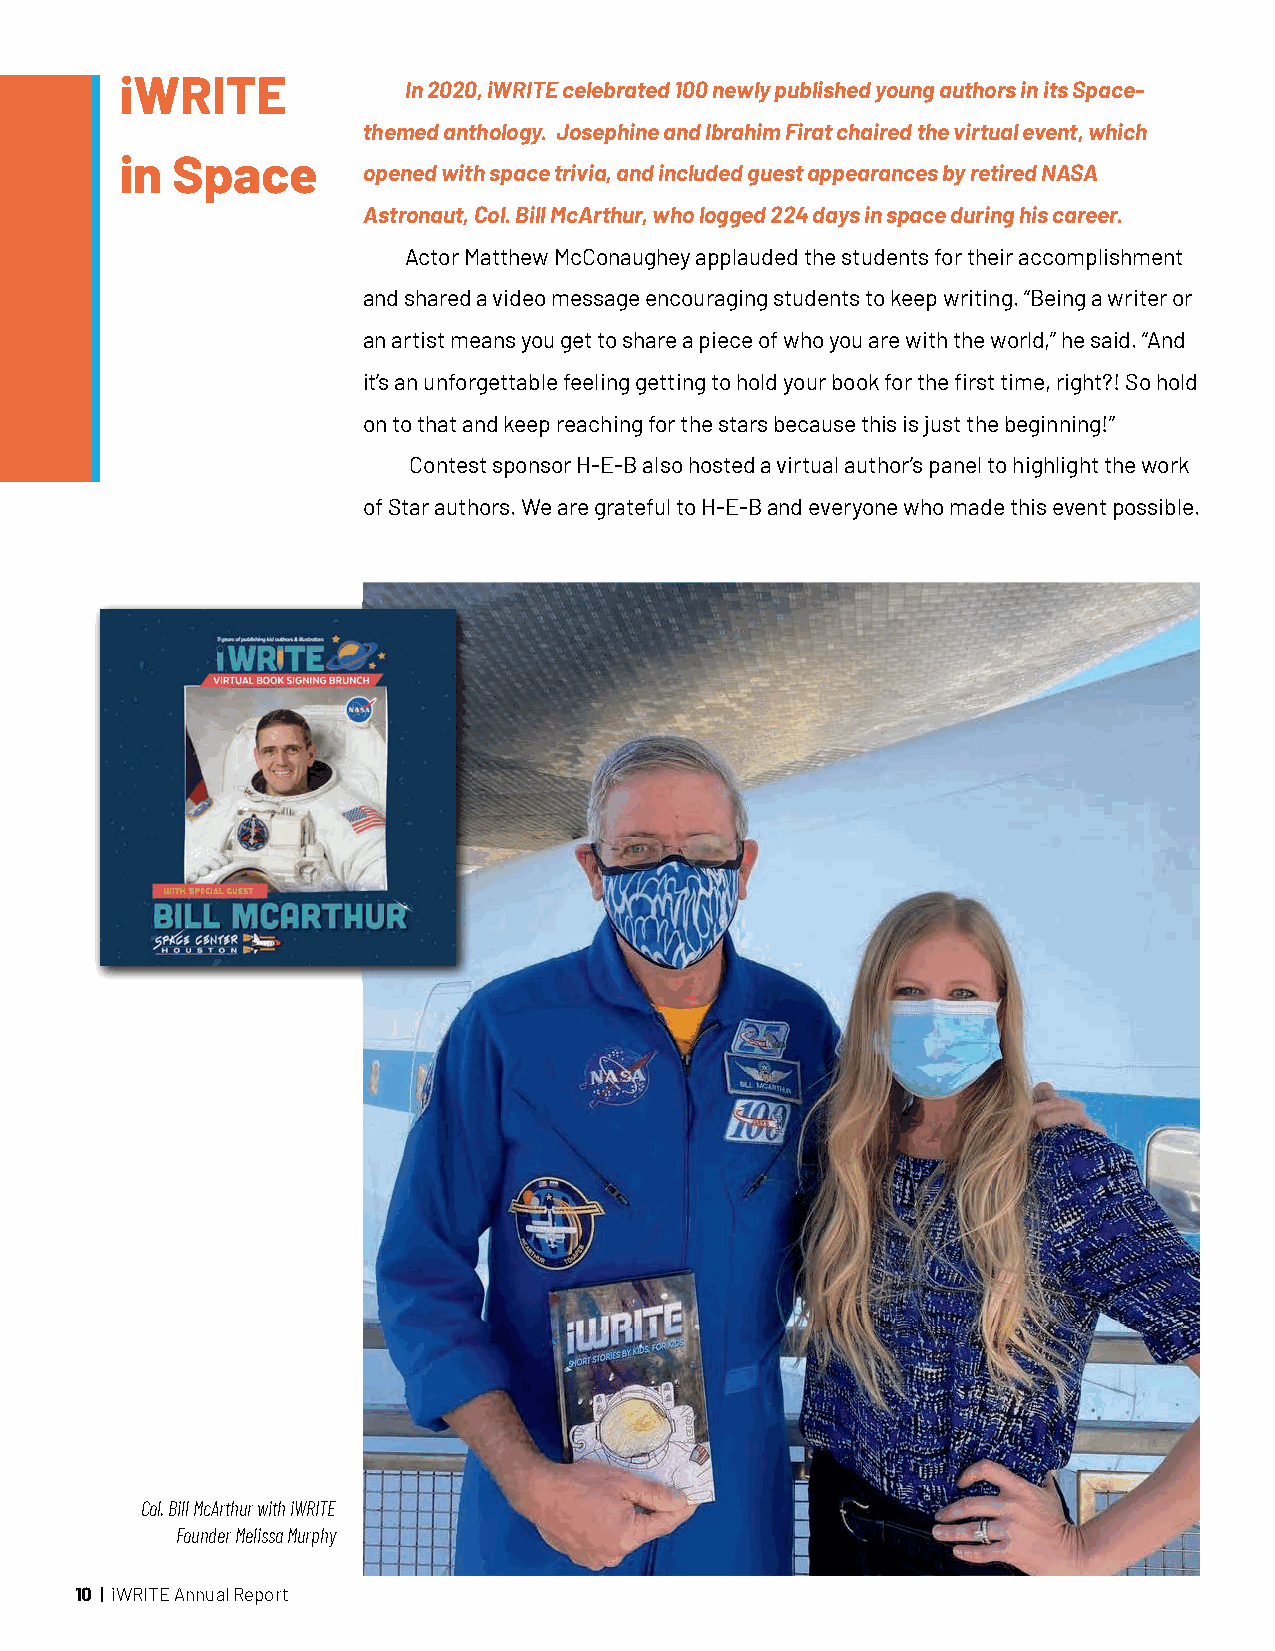
iWRITE             In 2020, iWRITE celebrated 100 newly published young authors in its Space-
 themed anthology. Josephine and Ibrahim Firat chaired the virtual event, which
 in Space
 opened with space trivia, and included guest appearances by retired NASA
 Astronaut, Col. Bill McArthur, who logged 224 days in space during his career.
 Actor Matthew McConaughey applauded the students for their accomplishment
 and shared a video message encouraging students to keep writing. “Being a writer or
 an artist means you get to share a piece of who you are with the world,” he said. “And
 it’s an unforgettable feeling getting to hold your book for the first time, right?! So hold
 on to that and keep reaching for the stars because this is just the beginning!”
 Contest sponsor H-E-B also hosted a virtual author’s panel to highlight the work
 of Star authors. We are grateful to H-E-B and everyone who made this event possible.
 Col. Bill McArthur with iWRITE
 Founder Melissa Murphy
 10 | iWRITE Annual Report